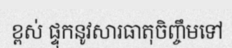
ខ្ពស់ ផ្ទុកនូវសារធាតុចិញ្ចឹមទៅ